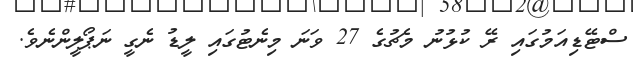
ސްޓޭޑިއަމުގައި ރޭ ކުޅުނު މެޗުގެ 27 ވަނަ މިނެޓުގައި ލީޑު ނެގީ ނަޕޯލީންނެވެ.